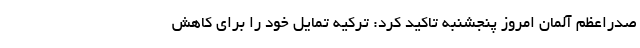
صدراعظم آلمان امروز پنجشنبه تاکید کرد: ترکیه تمایل خود را برای کاهش